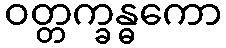
ဝတ္တက္ခန္ဓကော